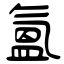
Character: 氳